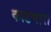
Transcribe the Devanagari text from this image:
काडणारा